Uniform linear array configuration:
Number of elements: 16
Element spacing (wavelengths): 0.75
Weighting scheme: kaiser
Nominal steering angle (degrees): -30
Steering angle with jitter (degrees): -31.307
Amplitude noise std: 0.05
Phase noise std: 0.05

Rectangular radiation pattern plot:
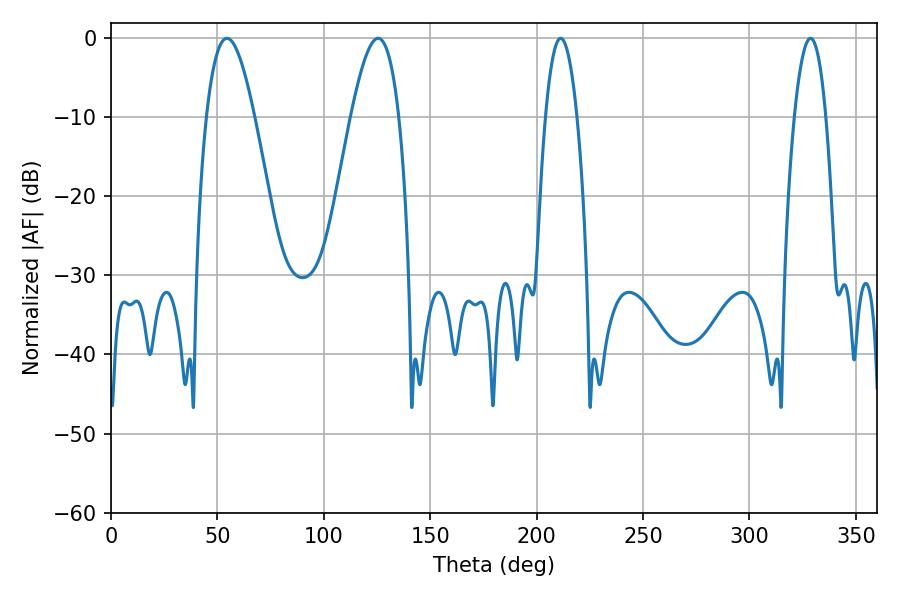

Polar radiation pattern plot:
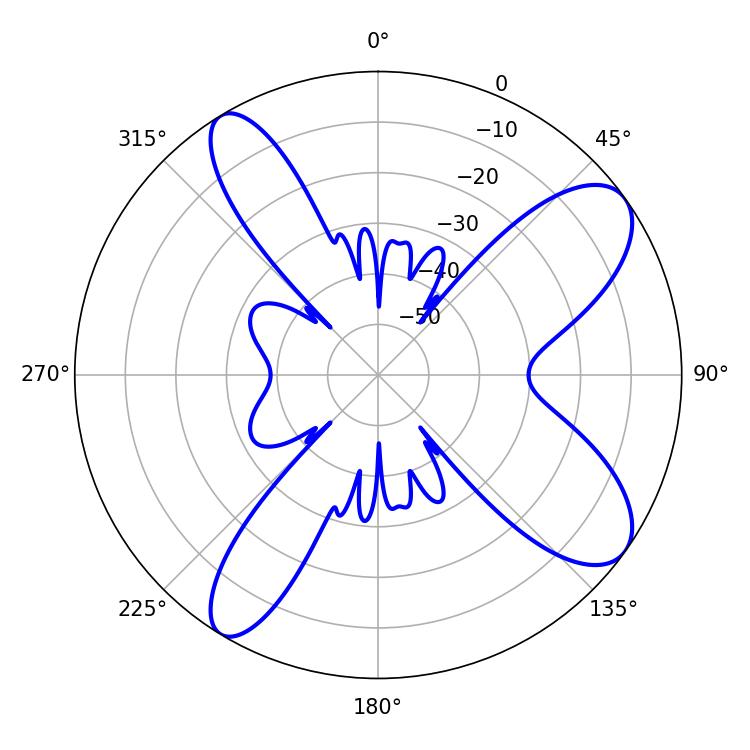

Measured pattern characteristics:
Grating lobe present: TRUE
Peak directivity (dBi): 9.548
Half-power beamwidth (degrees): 8.1
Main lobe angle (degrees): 211.32